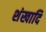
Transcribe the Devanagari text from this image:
शंखादि